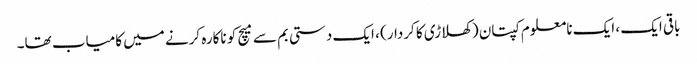
باقی ایک ، ایک نامعلوم کپتان (کھلاڑی کا کردار) ، ایک دستی بم سے میچ کو ناکارہ کرنے میں کامیاب تھا۔